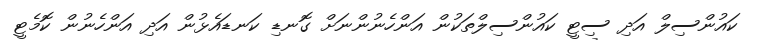
ކައުންސިލް އަދި ސިޓީ ކައުންސިލްތަކުން އަންހެނުންނަށް ގޮނޑި ކަނޑައެޅުން އަދި އަންހެނުން ކޮމެޓީ